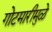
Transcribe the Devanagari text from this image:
गोटमारीमुळे